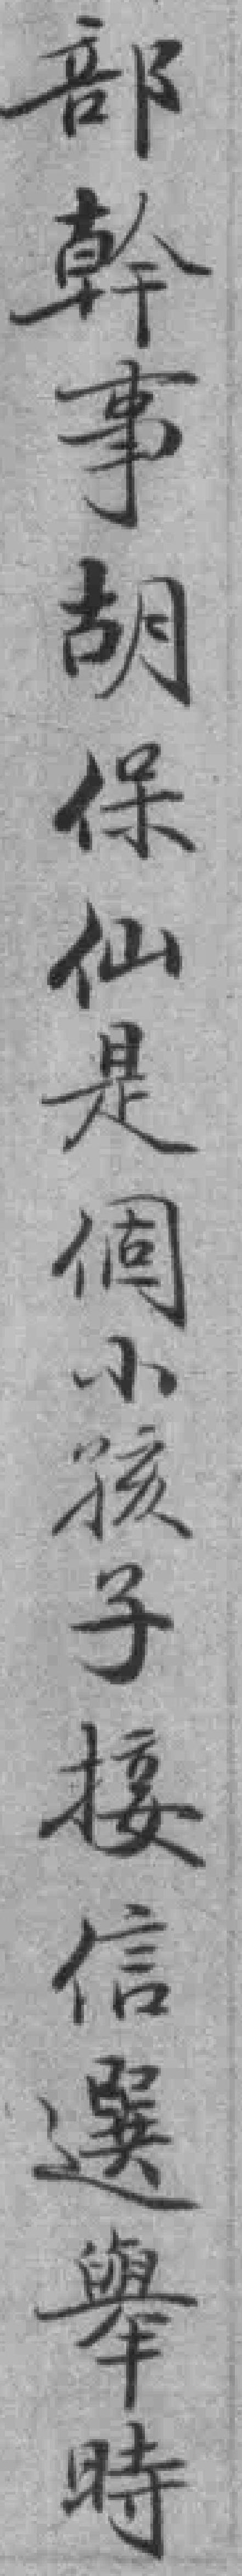
部幹事胡保仙是個小孩子接信選舉時